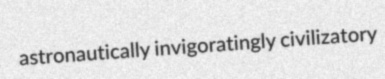
astronautically invigoratingly civilizatory